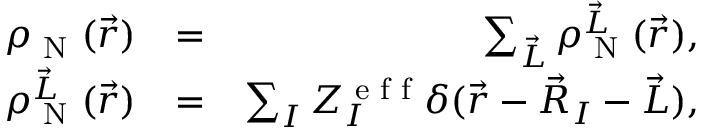
\begin{array} { r l r } { \rho _ { \textrm { N } } ( \vec { r } ) } & { = } & { \sum _ { \vec { L } } \rho _ { \textrm { N } } ^ { \vec { L } } ( \vec { r } ) , } \\ { \rho _ { \textrm { N } } ^ { \vec { L } } ( \vec { r } ) } & { = } & { \sum _ { I } Z _ { I } ^ { \textrm { e f f } } \delta ( \vec { r } - \vec { R } _ { I } - \vec { L } ) , } \end{array}